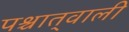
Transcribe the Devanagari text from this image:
पश्चात्‌वाली